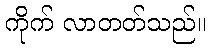
ကိုက် လာတတ်သည်။